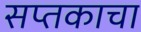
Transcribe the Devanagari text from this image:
सप्तकाचा